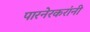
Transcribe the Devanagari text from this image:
पारनेरकरांनी